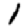
Digit: 1